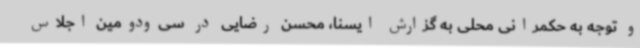
و توجه به حکمرانی محلی به گزارش ایسنا، محسن رضایی در سی‌ودومین اجلاس